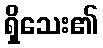
ရှိသေး၏